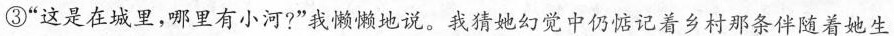
③“这是在城里，哪里有小河?”我懒懒地说。我猜她幻觉中仍惦记着乡村那条伴随着她生